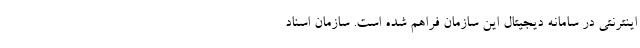
اینترنتی در سامانه دیجیتال این سازمان فراهم شده است. سازمان اسناد